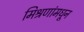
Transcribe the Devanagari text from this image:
मिश्रणांमधून